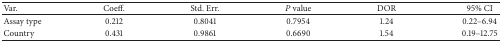
<table><thead><tr><td><b>Var.</b></td><td><b>Coeff.</b></td><td><b>Std. Err.</b></td><td><b><i>P</i> value</b></td><td><b>DOR</b></td><td><b>95% CI</b></td></tr></thead><tbody><tr><td>Assay type</td><td>0.212</td><td>0.8041</td><td>0.7954</td><td>1.24</td><td>0.22–6.94</td></tr><tr><td>Country</td><td>0.431</td><td>0.9861</td><td>0.6690</td><td>1.54</td><td>0.19–12.75</td></tr></tbody></table>